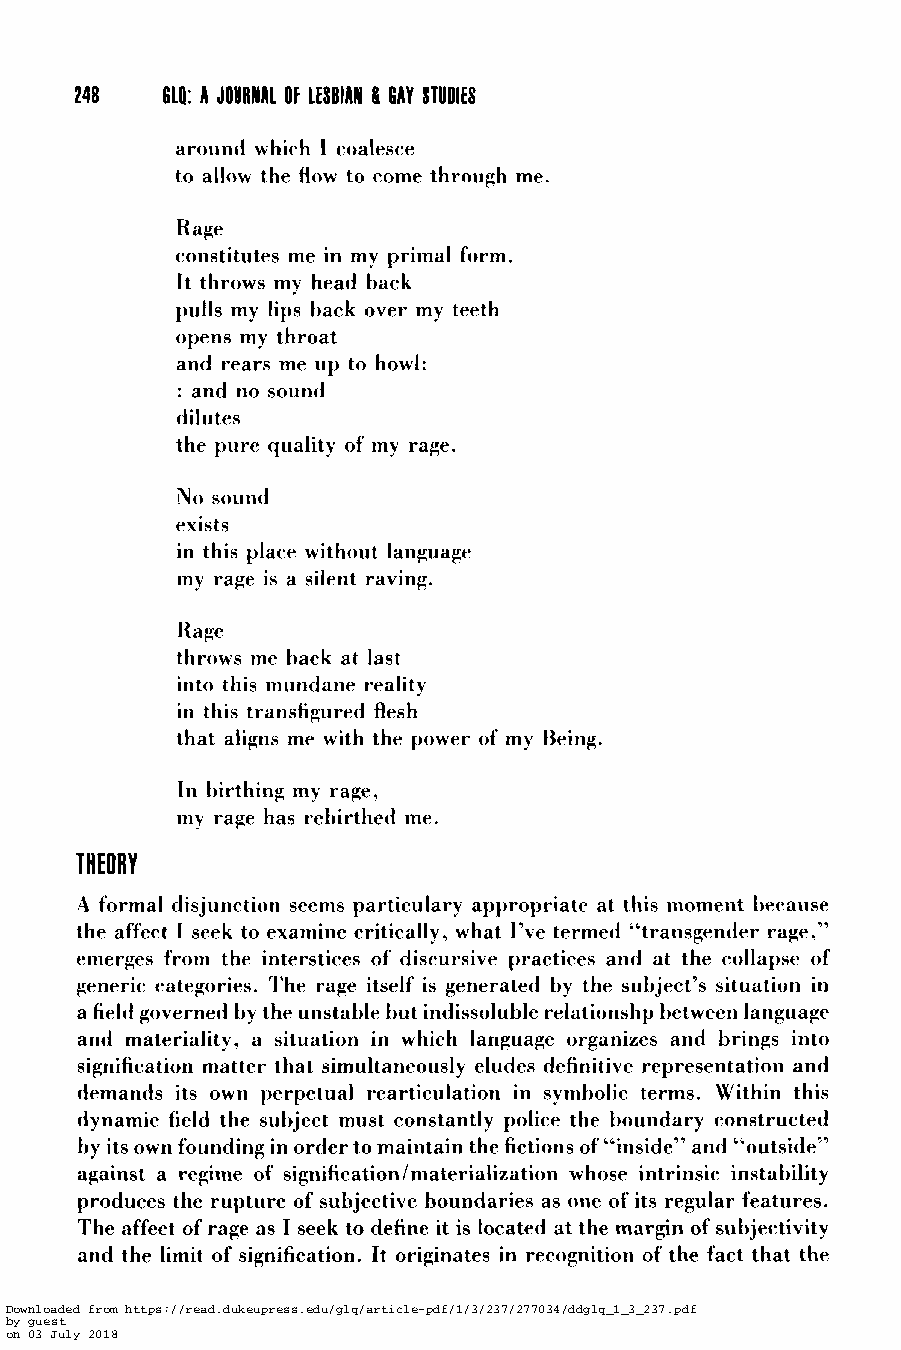
248   614: A JOURNAL OF LESBIAN ll GAY STUDIES
 around which I coalesce
 to allow the flow to come through me.
 Rage
 constitutes me in my prima form.
 It throws my head back
 pulls my lips back over my teeth
 opens my throat
 and rears me up to howl:
 : and no sound
 dilutes
 the pure quality of my rage.
 No sound
 exists
 in this place without language
 my rage is a silent raving.
 Rage
 throws me back at last
 into this mundane reality
 in this transfigured flesh
 that aligns me with the power of my Being.
 In birthing my rage,
 my rage has rebirthed me.
 A formal disjunction seems particulary appropriate at this moment because
 the affect I seek to examine critically, what I’ve termed “transgender rage,”
 emerges from the interstices of discursive practices and at the collapse of
 generic categories. The rage itself is generated by the subject’s situation in
 a field governed by the unstable but indissoluble relationshp between language
 and materiality, a situation in which language organizes and brings into
 signification matter that simultaneously eludes definitive representation and
 demands its own perpetual rearticulation in symbolic terms. Within this
 dynamic field the subject must constantly police the boundary constructed
 by its own founding in order to maintain the fictions of “inside” and “outside”
 against a regime of signification/materialization whose intrinsic instability
 produces the rupture of subjective boundaries as one of its regular features.
 The affect of rage as I seek to define it is located at the margin of subjectivity
 and the limit of signification. It originates in recognition of the fact that the
 Downloaded from https://read.dukeupress.edu/glq/article-pdf/1/3/237/277034/ddglq_1_3_237.pdf
 by guest
 on 03 July 2018